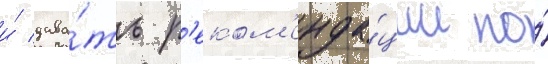
и́ дава́ть р'еком'енда́ции по́